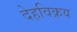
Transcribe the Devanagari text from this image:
देहविक्रय